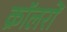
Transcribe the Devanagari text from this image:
क्रॉलरों